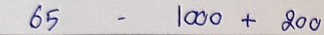
65 - 1000 + 200